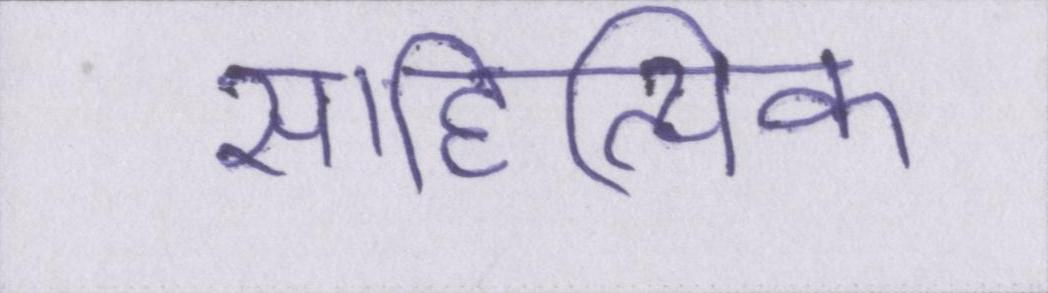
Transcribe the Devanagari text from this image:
साहित्यिक